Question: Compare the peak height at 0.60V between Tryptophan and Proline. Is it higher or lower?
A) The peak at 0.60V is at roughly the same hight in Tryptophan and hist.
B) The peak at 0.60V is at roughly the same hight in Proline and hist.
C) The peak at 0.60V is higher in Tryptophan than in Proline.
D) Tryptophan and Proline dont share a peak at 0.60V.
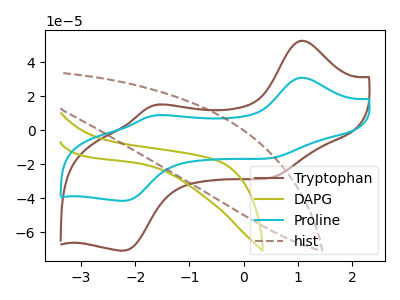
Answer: <think>The brown curve "Tryptophan" has anodic peaks at (1.05V, 52.60uA) (-1.55V, 15.05uA) and cathodic peaks at (0.60V, -27.05uA) (-2.20V, -70.65uA). The olive curve "DAPG" has no peaks. The cyan curve "Proline" has anodic peaks at (1.05V, 30.85uA) (-1.55V, 8.85uA) and cathodic peaks at (0.60V, -15.85uA) (-2.20V, -41.45uA). The brown dashed curve "hist" has no peaks.</think>
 <answer>C) The peak at 0.60V is higher in "Tryptophan" than in "Proline".</answer>
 <eval>C</eval>